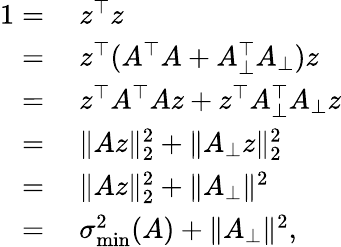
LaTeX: \begin{array}{rl}{1=}&{~z^{\top}z}\\ {=}&{~z^{\top}(A^{\top}A+A_{\bot}^{\top}A_{\bot})z}\\ {=}&{~z^{\top}A^{\top}Az+z^{\top}A_{\bot}^{\top}A_{\bot}z}\\ {=}&{~\| Az\| _{2}^{2}+\| A_{\bot}z\| _{2}^{2}}\\ {=}&{~\| Az\| _{2}^{2}+\| A_{\bot}\| ^{2}}\\ {=}&{~\sigma_{\operatorname*{min}}^{2}(A)+\| A_{\bot}\| ^{2},}\end{array}